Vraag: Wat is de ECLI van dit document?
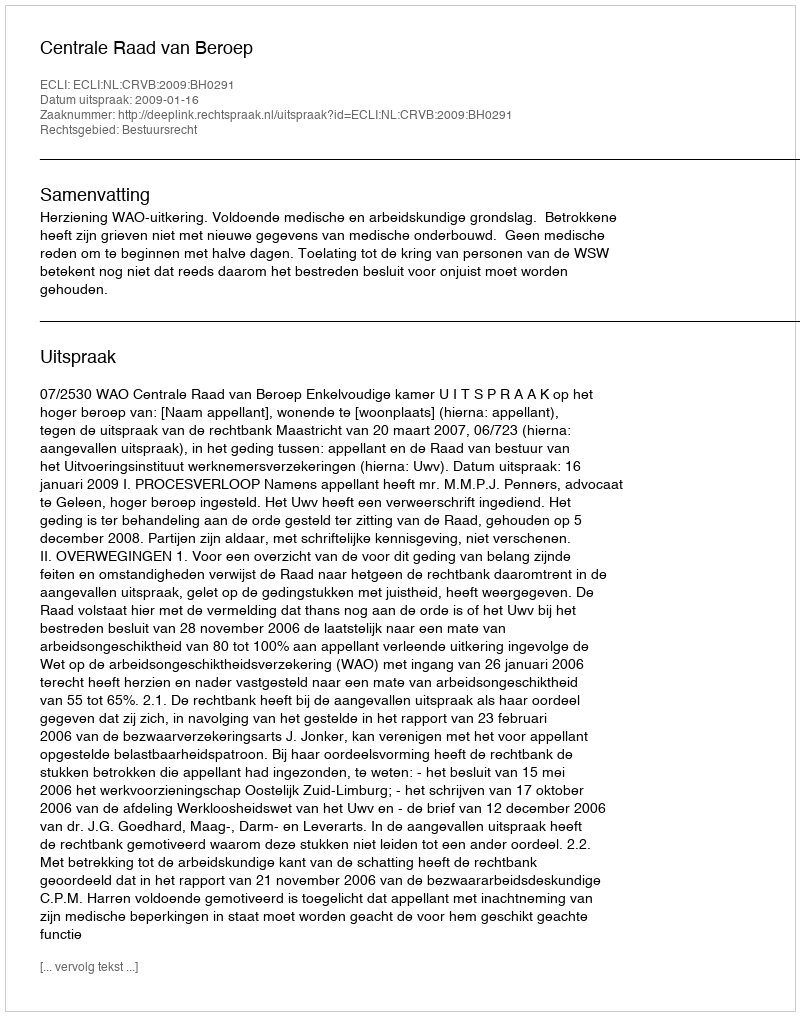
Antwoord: ECLI:NL:CRVB:2009:BH0291